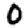
Digit: 0